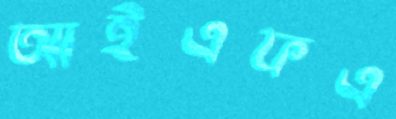
আইএফএ